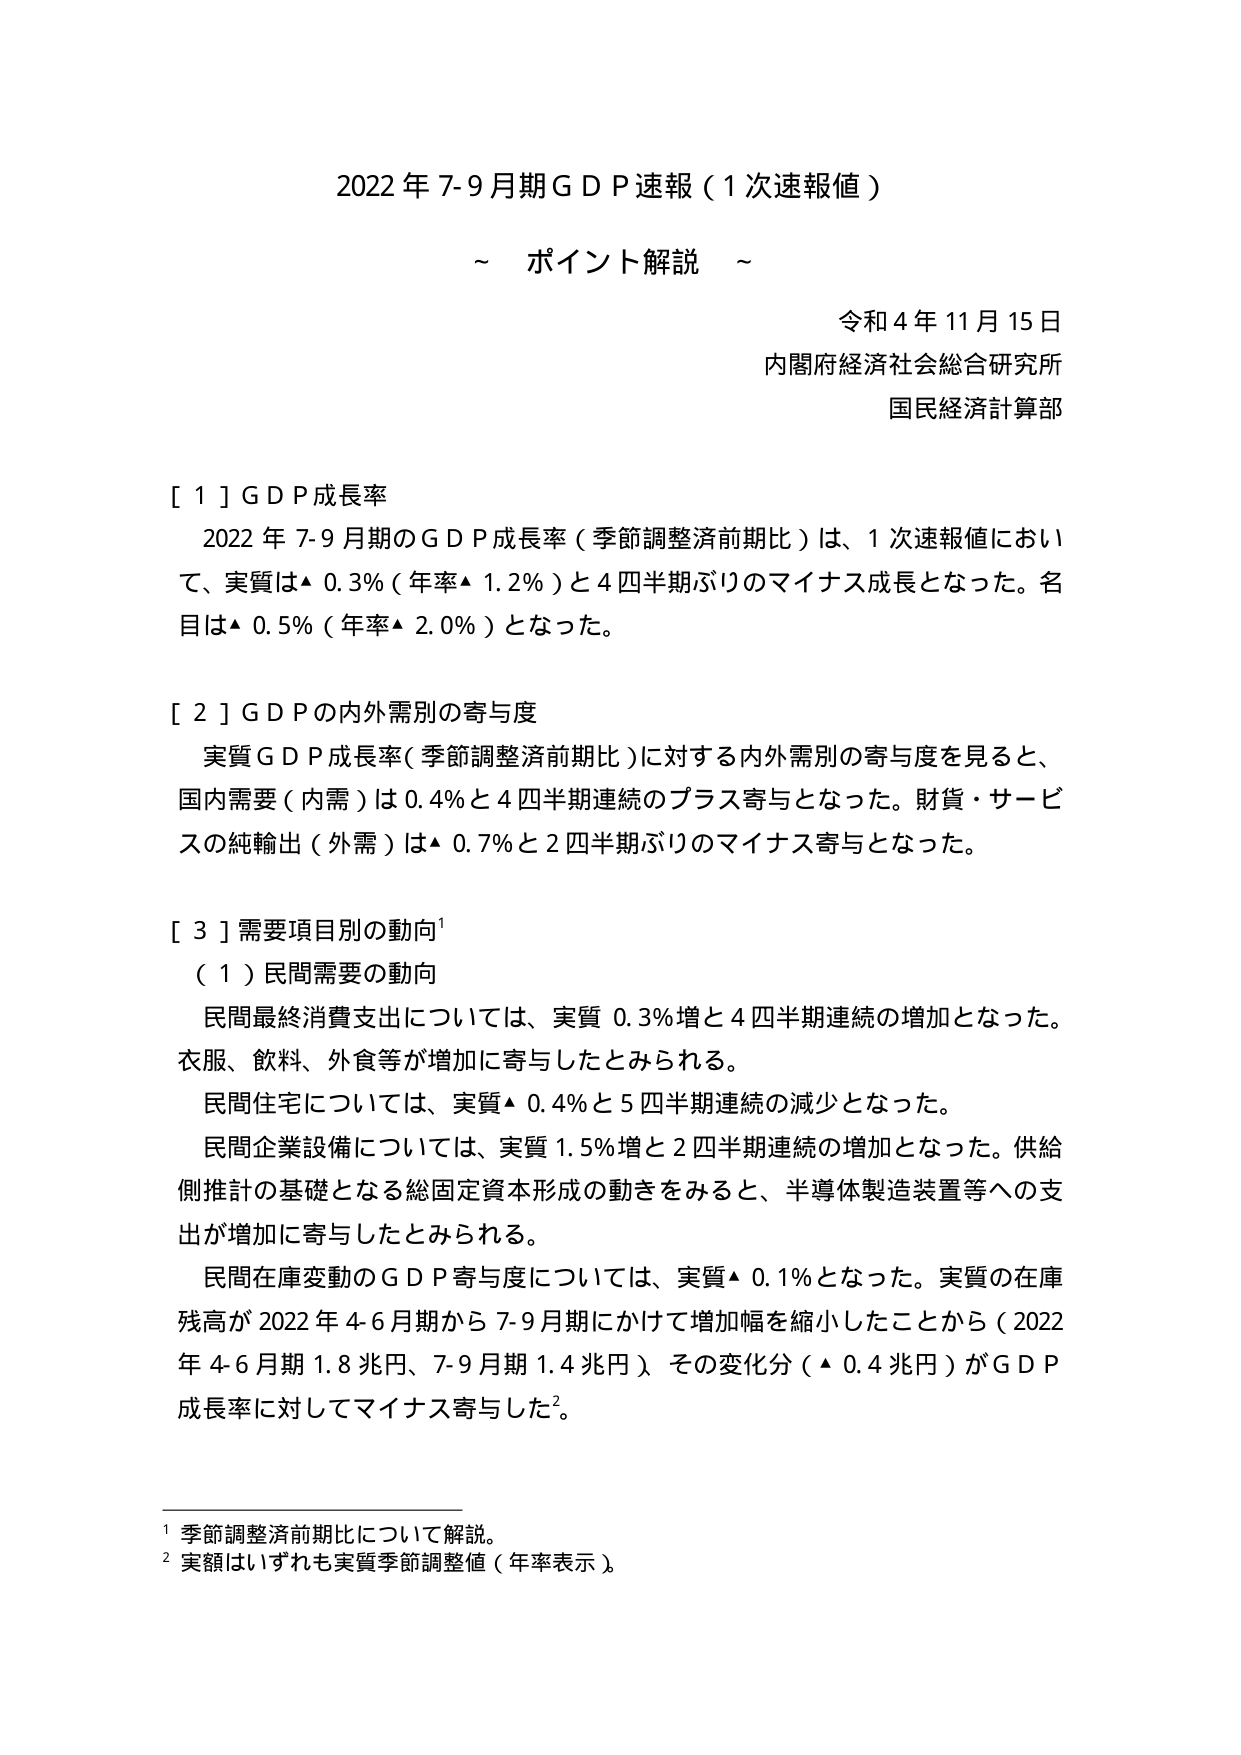
2022年7-9月期GDP速報（1次速報値）
～ポイント解説～

令和4年11月15日
内閣府経済社会総合研究所
国民経済計算部

[1] GDP成長率
　2022年7-9月期のGDP成長率（季節調整済前期比）は、1次速報値において、実質は▲0.3％（年率▲1.2％）と4四半期ぶりのマイナス成長となった。名目は▲0.5％（年率▲2.0％）となった。

[2] GDPの内外需別の寄与度
　実質GDP成長率（季節調整済前期比）に対する内外需別の寄与度を見ると、国内需要（内需）は0.4％と4四半期連続のプラス寄与となった。財貨・サービスの純輸出（外需）は▲0.7％と2四半期ぶりのマイナス寄与となった。

[3] 需要項目別の動向¹
　（1）民間需要の動向
　　民間最終消費支出については、実質0.3％増と4四半期連続の増加となった。衣服、飲料、外食等が増加に寄与したとみられる。
　　民間住宅については、実質▲0.4％と5四半期連続の減少となった。
　　民間企業設備については、実質1.5％増と2四半期連続の増加となった。供給側推計の基礎となる総固定資本形成の動きをみると、半導体製造装置等への支出が増加に寄与したとみられる。
　　民間在庫変動のGDP寄与度については、実質▲0.1％となった。実質の在庫残高が2022年4-6月期から7-9月期にかけて増加幅を縮小したことから（2022年4-6月期1.8兆円、7-9月期1.4兆円）、その変化分（▲0.4兆円）がGDP成長率に対してマイナス寄与した²。

¹ 季節調整済前期比について解説。
² 実額はいずれも実質季節調整値（年率表示）。